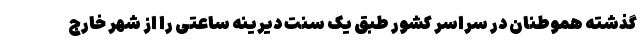
گذشته هموطنان در سراسر کشور طبق یک سنت دیرینه ساعتی را از شهر خارج